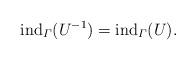
LaTeX: \begin{align*} {\rm ind}_\varGamma(U^{-1}) = {\rm ind}_\varGamma(U). \end{align*}